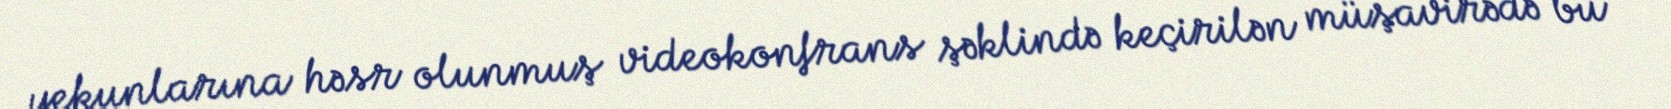
yekunlarına həsr olunmuş videokonfrans şəklində keçirilən müşavirədə bu